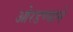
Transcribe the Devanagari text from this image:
ओरडण्याने